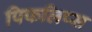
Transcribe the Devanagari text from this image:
पिफलिप्स